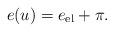
LaTeX: \begin{align*}e(u)=e_\mathrm{el}+\pi.\end{align*}